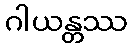
ဂါယန္တဿ